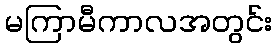
မကြာမီကာလအတွင်း